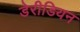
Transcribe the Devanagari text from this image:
डेरीडियन